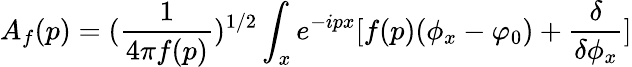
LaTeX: A_{f}(p)=({\frac{1}{4\pi f(p)}})^{1/2}\int_{x}e^{-ipx}[f(p)(\phi_{x}-\varphi_{0})+{\frac{\delta}{\delta\phi_{x}}}]